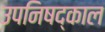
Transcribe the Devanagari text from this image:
उपनिषद्काल